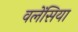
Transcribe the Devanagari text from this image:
वलेंसिया